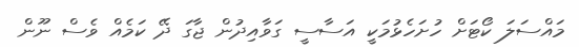
މައްސަލަ ކޯޓަށް ހުށަހެޅުމަކީ އަސާސީ ގަވާއިދުން ޖާގަ ދޭ ކަމެއް ވެސް ނޫން